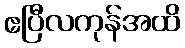
ဧပြီလကုန်အထိ